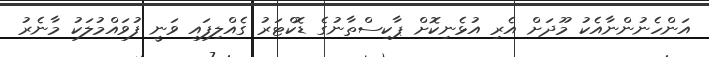
އަންހެނުންނާއެކު މޫދަށް އެރި އުޅެނިކޮށް ޕާކިސްތާނުގެ ޑޮކްޓަރު ގެއްލިފައި ވަނީ ފުވައްމުލަކު މާނެރު